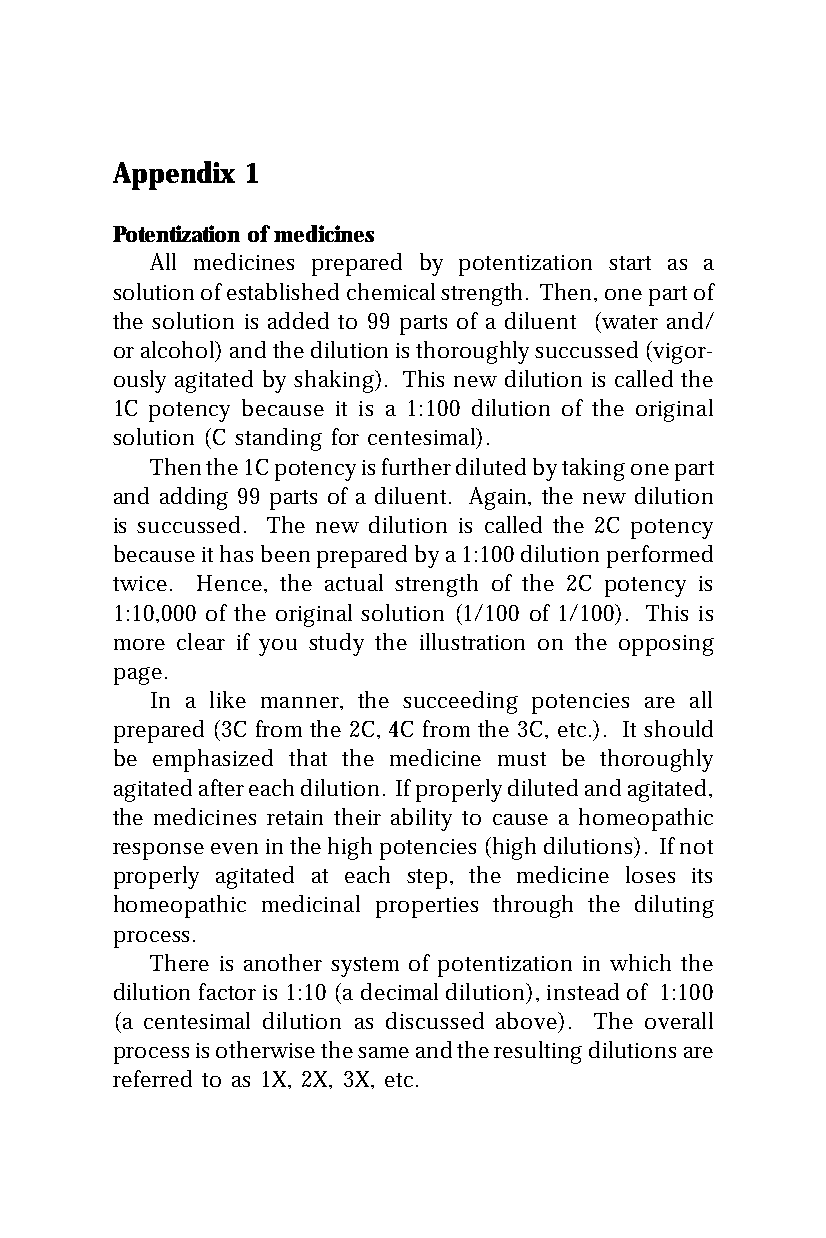
Appendix 1
 Potentization of medicines
 All medicines prepared by potentization start as a
 solution of established chemical strength. Then, one part of
 the solution is added to 99 parts of a diluent (water and/
 or alcohol) and the dilution is thoroughly succussed (vigor-
 ously agitated by shaking). This new dilution is called the
 1C potency because it is a 1:100 dilution of the original
 solution (C standing for centesimal).
 Then the 1C potency is further diluted by taking one part
 and adding 99 parts of a diluent. Again, the new dilution
 is succussed. The new dilution is called the 2C potency
 because it has been prepared by a 1:100 dilution performed
 twice. Hence, the actual strength of the 2C potency is
 1:10,000 of the original solution (1/100 of 1/100). This is
 more clear if you study the illustration on the opposing
 page.
 In a like manner, the succeeding potencies are all
 prepared (3C from the 2C, 4C from the 3C, etc.). It should
 be emphasized that the medicine must be thoroughly
 agitated after each dilution. If properly diluted and agitated,
 the medicines retain their ability to cause a homeopathic
 response even in the high potencies (high dilutions). If not
 properly agitated at each step, the medicine loses its
 homeopathic medicinal properties through the diluting
 process.
 There is another system of potentization in which the
 dilution factor is 1:10 (a decimal dilution), instead of 1:100
 (a centesimal dilution as discussed above). The overall
 process is otherwise the same and the resulting dilutions are
 referred to as 1X, 2X, 3X, etc.